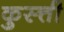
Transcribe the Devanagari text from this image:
कुस्त्ती